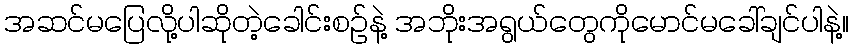
အဆင်မပြေလို့ပါဆိုတဲ့ခေါင်းစဉ်နဲ့ အဘိုးအရွယ်တွေကိုမောင်မခေါ်ချင်ပါနဲ့။